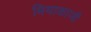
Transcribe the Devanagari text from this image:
मियाकाजी